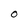
Character: O